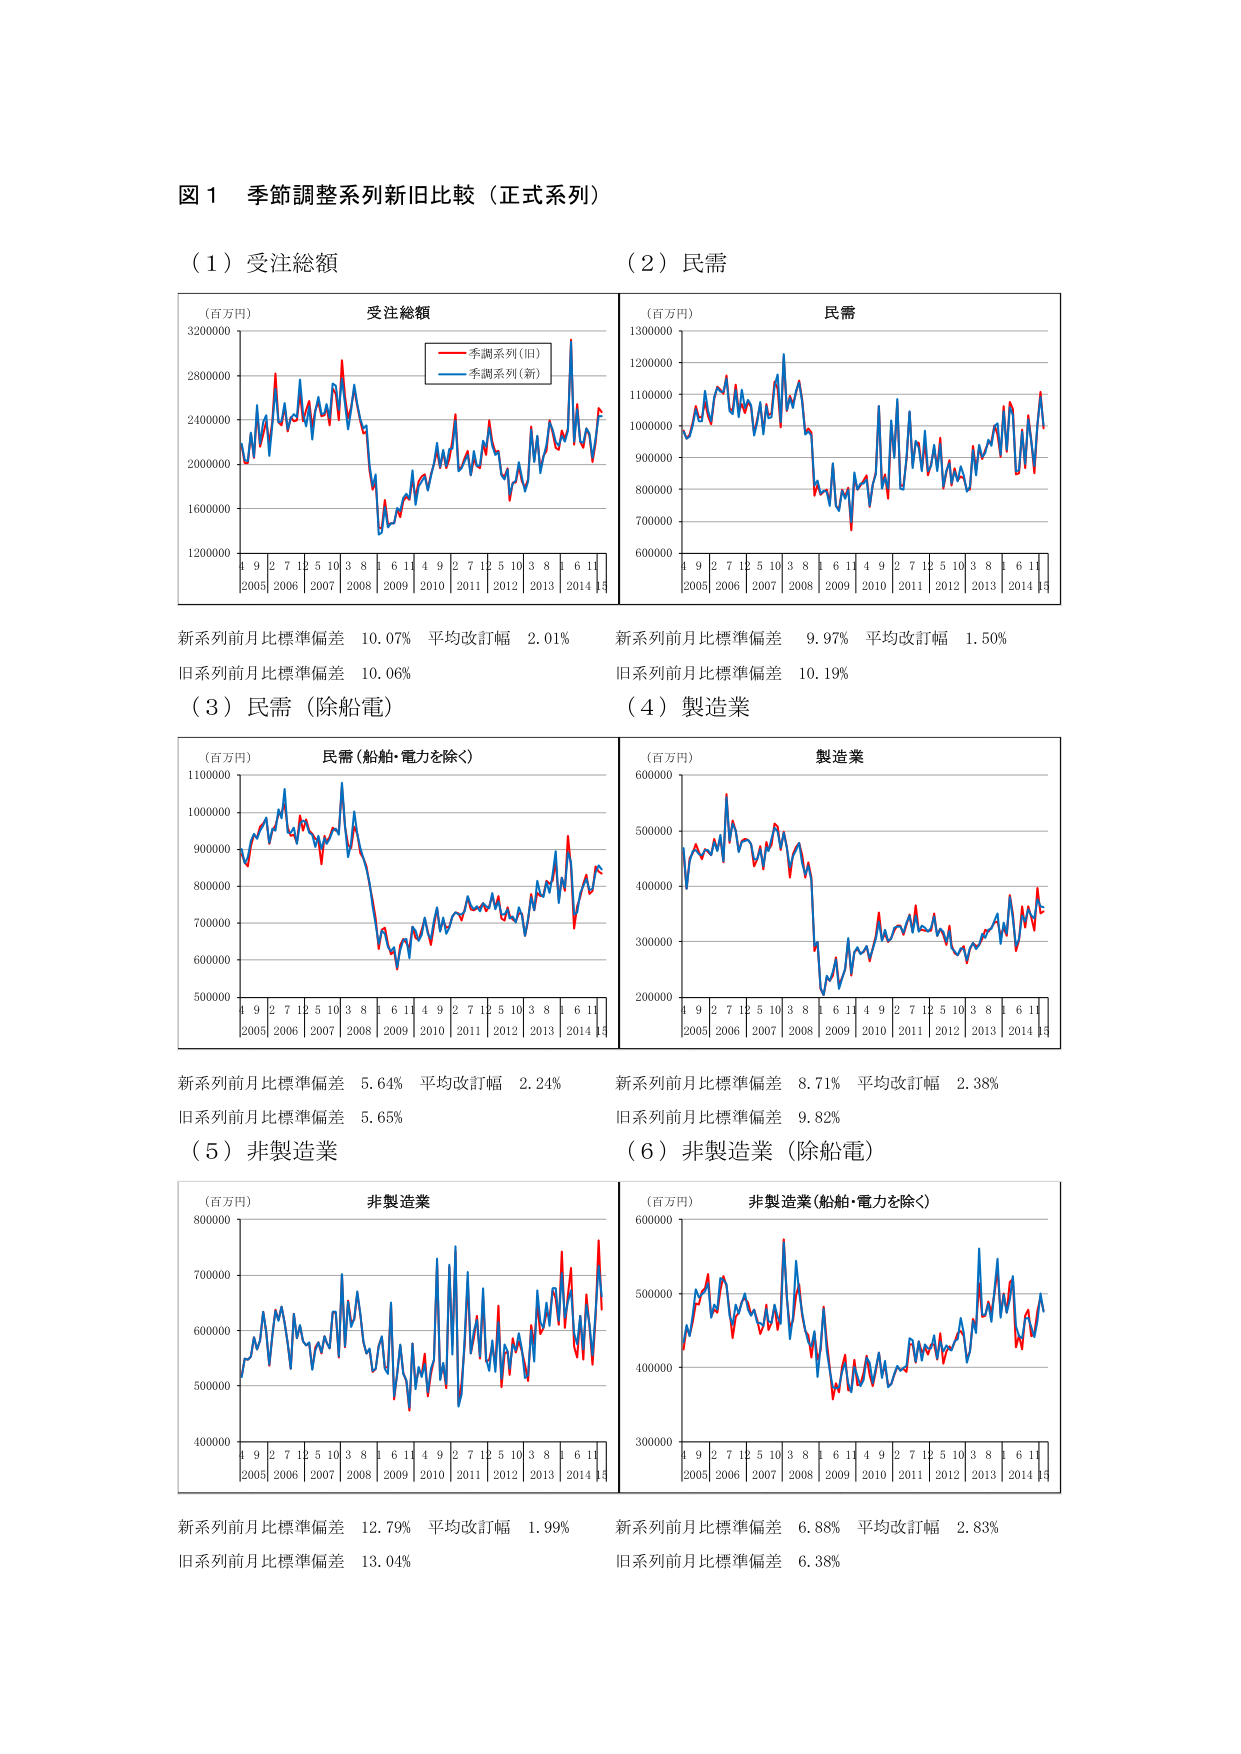
図１ 季節調整系列新旧比較（正式系列）

（１）受注総額
（百万円）
受注総額
季調系列（旧）
季調系列（新）
4 9 2 7 12 5 10 3 8 1 6 11
2005 2006 2007 2008 2009 2010 2011 2012 2013 2014 15
新系列前月比標準偏差 10.07% 平均改訂幅 2.01%
旧系列前月比標準偏差 10.06%

（２）民需
（百万円）
民需
4 9 2 7 12 5 10 3 8 1 6 11
2005 2006 2007 2008 2009 2010 2011 2012 2013 2014 15
新系列前月比標準偏差 9.97% 平均改訂幅 1.50%
旧系列前月比標準偏差 10.19%

（３）民需（除船電）
（百万円）
民需（船舶・電力を除く）
4 9 2 7 12 5 10 3 8 1 6 11
2005 2006 2007 2008 2009 2010 2011 2012 2013 2014 15
新系列前月比標準偏差 5.64% 平均改訂幅 2.24%
旧系列前月比標準偏差 5.65%

（４）製造業
（百万円）
製造業
4 9 2 7 12 5 10 3 8 1 6 11
2005 2006 2007 2008 2009 2010 2011 2012 2013 2014 15
新系列前月比標準偏差 8.71% 平均改訂幅 2.38%
旧系列前月比標準偏差 9.82%

（５）非製造業
（百万円）
非製造業
4 9 2 7 12 5 10 3 8 1 6 11
2005 2006 2007 2008 2009 2010 2011 2012 2013 2014 15
新系列前月比標準偏差 12.79% 平均改訂幅 1.99%
旧系列前月比標準偏差 13.04%

（６）非製造業（除船電）
（百万円）
非製造業（船舶・電力を除く）
4 9 2 7 12 5 10 3 8 1 6 11
2005 2006 2007 2008 2009 2010 2011 2012 2013 2014 15
新系列前月比標準偏差 6.88% 平均改訂幅 2.83%
旧系列前月比標準偏差 6.38%